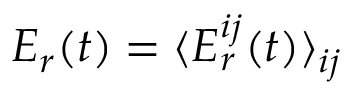
E _ { r } ( t ) = \langle E _ { r } ^ { i j } ( t ) \rangle _ { i j }